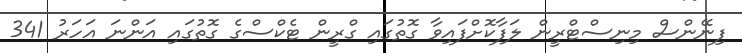
ފިނޭންސް މިނިސްޓްރީން ލަފާކޮށްފައިވާ ގޮތުގައި ގްރީން ޓެކްސްގެ ގޮތުގައި އަންނަ އަހަރު 341